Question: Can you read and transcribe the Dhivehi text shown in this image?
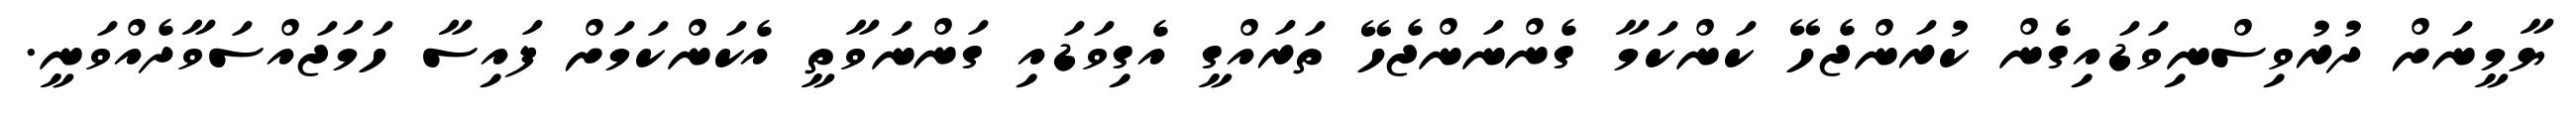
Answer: ޔާމީނަށް ދުރުވިސްނިވަޑައިގެން ކުރަންޖެހޭ ކަންކަމާ ގެންނަންޖެހޭ ތަރައްގީ އެގިވަޑައި ގަންނަވާތީ އެކަންކަމަށް ފައިސާ ހަމަޖައްސަވާދެއްވަނީ.